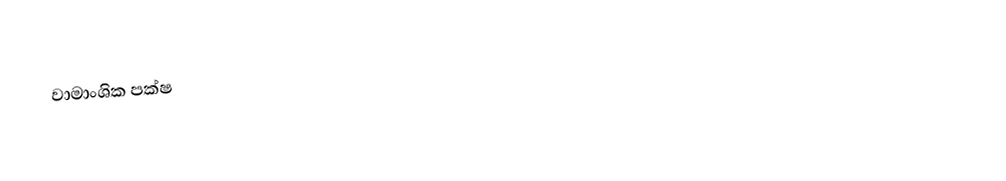
වාමාංශික පක්ෂ